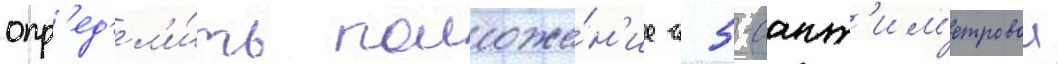
опр'ед'ел'и́ть положе́н'ие с 5-сант'им'етровои